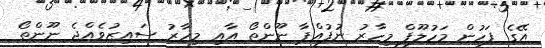
އޭގެ ފަހުން މަހުލޫފް މިހާރު ނުފުއްޕާ ނޫންތޯ އާއި މިހާރު ސައިޒުވެއްޖެ ނޫންތޯ